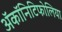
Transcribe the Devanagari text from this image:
ॲकॉनिटिफोलिया